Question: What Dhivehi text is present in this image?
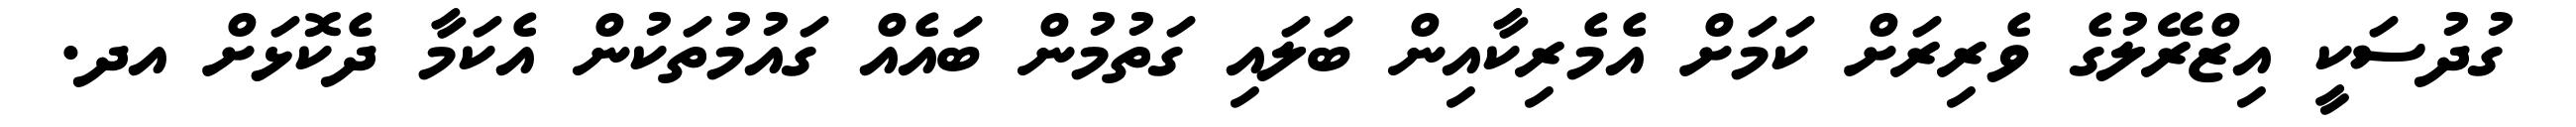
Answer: ގުދުސަކީ އިޒްރޭލުގެ ވެރިރަށް ކަމަށް އެމެރިކާއިން ބަލައި ގަތުމުން ބައެއް ގައުމުތަކުން އެކަމާ ދެކޮޅަށް އދ.